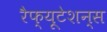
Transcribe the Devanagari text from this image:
रेैफ्यूटेशन्स